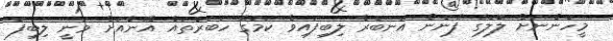
މީހުންނަށް ލޮލުގެ ފެނުން އަނބުރާ ލިބިފައިވާ ކަމުގެ ހަބަރުތައް އޭނާއަށް ވަނީ ލިބިފަ